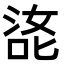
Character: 㖳